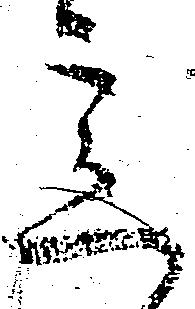
意